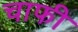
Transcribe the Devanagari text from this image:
चाफी